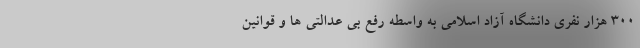
۳۰۰ هزار نفری دانشگاه ‌آزاد اسلامی به واسطه رفع بی عدالتی ها و قوانین